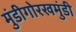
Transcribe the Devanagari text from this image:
मुंडीगोरखमुंडी